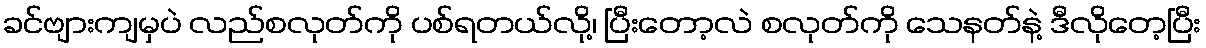
ခင်ဗျားကျမှပဲ လည်စလုတ်ကို ပစ်ရတယ်လို့၊ ပြီးတော့လဲ စလုတ်ကို သေနတ်နဲ့ ဒီလိုတေ့ပြီး